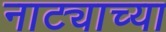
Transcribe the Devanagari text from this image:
नाट्याच्या